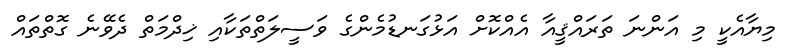
މިޔާއެކީ މި އަންނަ ތަރައްޤީއާ އެއްކޮށް އަޅުގަނޑުމެންގެ ވަސީލަތްތަކާއި ޚިދްމަތް ދެވޭނެ ގޮތްތައް